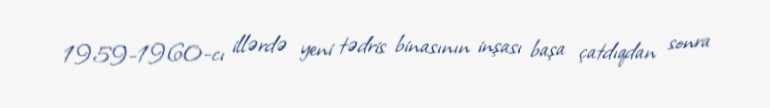
1959-1960-cı illərdə yeni tədris binasının inşası başa çatdıqdan sonra